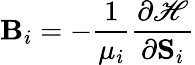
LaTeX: \mathbf{B}_{i}=-\frac{1}{\mu_{i}}\frac{\partial\mathscr{H}}{\partial\mathbf{S}_{i}}